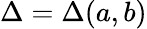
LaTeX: \Delta=\Delta(a,b)